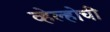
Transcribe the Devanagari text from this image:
व्हेल्होची